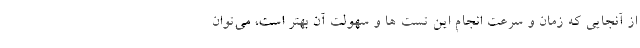
از آنجایی که زمان و سرعت انجام این تست ها و سهولت آن بهتر است، می‌توان